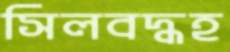
সিলবদ্ধহ